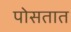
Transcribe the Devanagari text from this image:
पोसतात